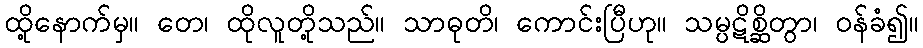
ထို့နောက်မှ။ တေ၊ ထိုလူတို့သည်။ သာဓုတိ၊ ကောင်းပြီဟု။ သမ္ပဋိစ္ဆိတွာ၊ ဝန်ခံ၍။